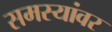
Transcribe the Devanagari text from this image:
समस्‍यांवर